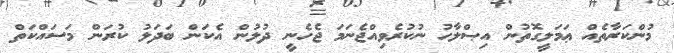
މުންކަރާތެއް ޢަމަލީގޮތުން އިޞްލާހު ނުކުރެވިއްޖެނަމަ ޖެހެނީ ދުލުން އެކަން ބަދަލު ކުރަން މަސައްކަތް